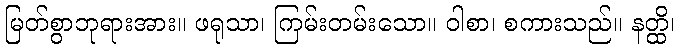
မြတ်စွာဘုရားအား။ ဖရုသာ၊ ကြမ်းတမ်းသော။ ဝါစာ၊ စကားသည်။ နတ္ထိ၊